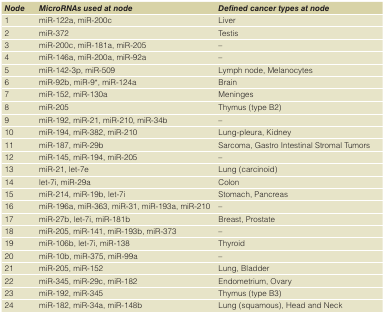
<table><thead><tr><td><b><i>Node</i></b></td><td><b><i>MicroRNAs used at node</i></b></td><td><b><i>Defined cancer types at node</i></b></td></tr></thead><tbody><tr><td>1</td><td>miR-122a, miR-200c</td><td>Liver</td></tr><tr><td>2</td><td>miR-372</td><td>Testis</td></tr><tr><td>3</td><td>miR-200c, miR-181a, miR-205</td><td>–</td></tr><tr><td>4</td><td>miR-146a, miR-200a, miR-92a</td><td>–</td></tr><tr><td>5</td><td>miR-142-3p, miR-509</td><td>Lymph node, Melanocytes</td></tr><tr><td>6</td><td>miR-92b, miR-9*, miR-124a</td><td>Brain</td></tr><tr><td>7</td><td>miR-152, miR-130a</td><td>Meninges</td></tr><tr><td>8</td><td>miR-205</td><td>Thymus (type B2)</td></tr><tr><td>9</td><td>miR-192, miR-21, miR-210, miR-34b</td><td>–</td></tr><tr><td>10</td><td>miR-194, miR-382, miR-210</td><td>Lung-pleura, Kidney</td></tr><tr><td>11</td><td>miR-187, miR-29b</td><td>Sarcoma, Gastro Intestinal Stromal Tumors</td></tr><tr><td>12</td><td>miR-145, miR-194, miR-205</td><td>–</td></tr><tr><td>13</td><td>miR-21, let-7e</td><td>Lung (carcinoid)</td></tr><tr><td>14</td><td>let-7i, miR-29a</td><td>Colon</td></tr><tr><td>15</td><td>miR-214, miR-19b, let-7i</td><td>Stomach, Pancreas</td></tr><tr><td>16</td><td>miR-196a, miR-363, miR-31, miR-193a, miR-210</td><td>–</td></tr><tr><td>17</td><td>miR-27b, let-7i, miR-181b</td><td>Breast, Prostate</td></tr><tr><td>18</td><td>miR-205, miR-141, miR-193b, miR-373</td><td>–</td></tr><tr><td>19</td><td>miR-106b, let-7i, miR-138</td><td>Thyroid</td></tr><tr><td>20</td><td>miR-10b, miR-375, miR-99a</td><td>–</td></tr><tr><td>21</td><td>miR-205, miR-152</td><td>Lung, Bladder</td></tr><tr><td>22</td><td>miR-345, miR-29c, miR-182</td><td>Endometrium, Ovary</td></tr><tr><td>23</td><td>miR-192, miR-345</td><td>Thymus (type B3)</td></tr><tr><td>24</td><td>miR-182, miR-34a, miR-148b</td><td>Lung (squamous), Head and Neck</td></tr></tbody></table>